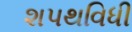
શપથવિધી